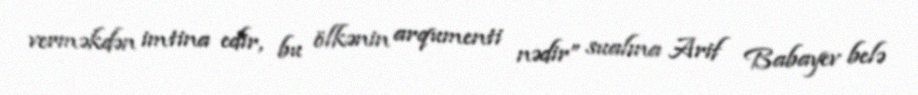
verməkdən imtina edir, bu ölkənin arqumenti nədir” sualına Arif Babayev belə